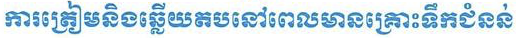
ការត្រៀមនិងឆ្លើយតបនៅពេលមានគ្រោះទឹកជំនន់